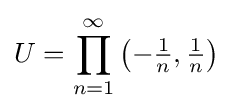
U=\prod _{n=1}^{\infty }\left(-{\tfrac {1}{n}},{\tfrac {1}{n}}\right)